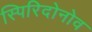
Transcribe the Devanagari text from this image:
स्पिरिदोनोव